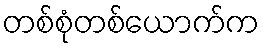
တစ်စုံတစ်ယောက်က